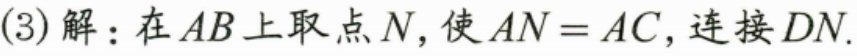
(3)解：在\(AB\)上取点\(N\)，使\(AN = AC\)，连接\(DN\).